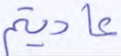
عاديتم